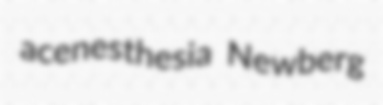
acenesthesia Newberg